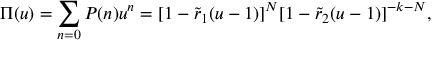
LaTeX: \Pi ( u ) = \sum _ { n = 0 } ^ { } P ( n ) u ^ { n } = [ 1 - \tilde { r } _ { 1 } ( u - 1 ) ] ^ { N } [ 1 - \tilde { r } _ { 2 } ( u - 1 ) ] ^ { - k - N } ,